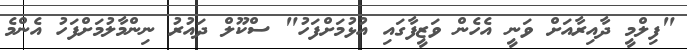
"ފިލްމީ ދާއިރާއަށް ވަނީ އެހެން ވަޒީފާގައި އުޅުމަށްފަހު" ސްކޫލް ދައުރު ނިންމާލުމަށްފަހު އެންމެ